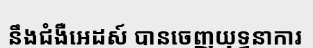
នឹងជំងឺអេដស៍ បានចេញយុទ្ធនាការ